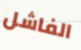
الفاشل